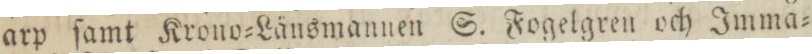
arp ſamt Krono=Länsmannen S. Fogelgren och Imma=